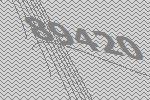
89420